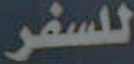
للسفر